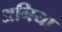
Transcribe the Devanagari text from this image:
अनिया